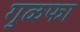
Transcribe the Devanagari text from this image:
गुळफा